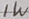
Text: 1W